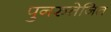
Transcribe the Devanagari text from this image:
पुनरुत्तेजित